Report on horse surra - Volume II, Part II
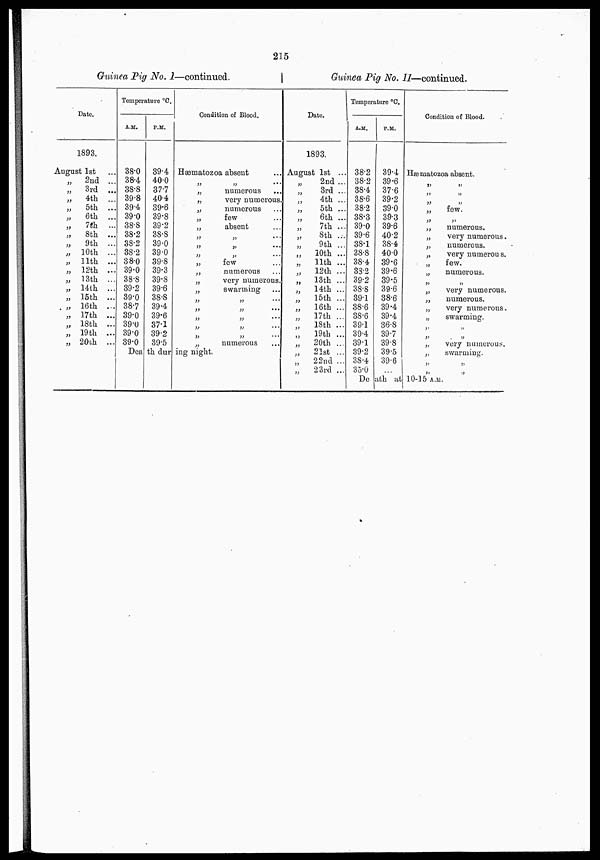
215
Guinea Pig No. I—continued.
Date.
1893.
August 1st
„
„
„
„
„
„
„
„
„
„
„
„
„
„
„
„
„
„
„
2nd ...
3rd ...
4th ...
5th ...
6th ...
7th ...
8th ...
9th ...
10th ...
11th ...
12th ...
13th ...
14th ...
15th ...
16th ...
17th ...
18th ...
19th ...
20th ...
Temperature °C.
A.M.
38.0
38.4
38.8
39.8
39.4
39.0
38.8
38.2
38.2
38.2
38.0
39.0
38.8
39.2
39.0
38.7
39.0
39.0
39.0
39.0
P.M.
39.4
40.0
37.7
40.4
39.6
39.8
39.2
38.8
39.0
39.0
39.8
39.3
39.8
39.6
38.8
39.4
39.6
37.1
39.2
39.5
Condition of Blood.
Hæmatozoa absent
„ „ ...
„
numerous
„
very numerous.
„
numerous
„
few
„
absent
„ „ ...
„ „ ...
„ „
„
few
„
numerous
„
very numerous.
„
swarming
„ „ ...
„ „ ...
„ „ ..
„ „ ...
„ „ ...
„
numerous
Death during night.
Guinea Pig No. II—continued.
Date.
1893.
August 1st ...
„
„
„
„
„
„
„
„
„
„
„
„
„
„
„
„
„
„
„
„
„
„
2nd ...
3rd ...
4th ...
5th ...
6th ...
7th ...
8th ....
9th ...
10th ...
11th ...
12th ...
13th ...
14th ...
15th ...
16th ...
17th ...
18th ...
19th ...
20th ...
21st ...
22nd ...
23rd ...
Temperature °C.
A.M.
38.2
38.2
38.4
38.6
38.2
38.3
39.0
39.6
38.1
38.8
38.4
38.2
39.2
38.8
39.1
38.6
38.6
39.1
39.4
39.1
39.2
38.4
35.0
P.M.
39.4
39.6
37.6
39.2
39.0
39.3
39.6
40.2
38.4
40.0
39.6
39.6
39.5
39.6
38.6
39.4
39.4
36.8
39.7
39.8
39.5
39.6
...
Condition of Blood.
Hæmatozoa absent.
„ „
„ „
„ „
„
few
„ „
„
numerous.
„
very numerous.
„
numerous.
„
very numerous.
„ few.
„
numerous.
„ „
„
very numerous.
„
numerous.
„
very numerous.
„
swarming.
„ „
„ „
„
very numerous.
„
swarming.
„ „
„ „
Death at 10-15 A.M.